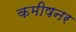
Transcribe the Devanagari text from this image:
कमीषनर